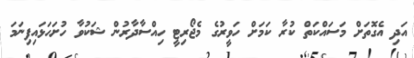
އަދި އެގޮތަށް މަސައްކަތް ކުރާ ކަމަށް ހަވީރުގެ މެޖޯރިޓީ ހިއްސާދާރުން ޝަކުވާ ހުށަހަޅައިފިނަމަ